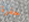
حفرة